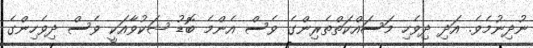
ނުދިނުމެވެ. އަދި ދިވެހި މަސައްކަތްތެރިންގެ ވެސް އެންމެ ބޮޑު ޝަކުވާއަކީ ވެސް ދިވެހިންގެ